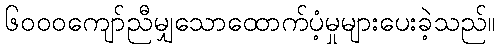
၆၀၀၀ကျော်ညီမျှသောထောက်ပံ့မှုများပေးခဲ့သည်။